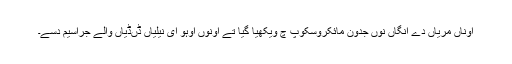
اوناں مریاں دے انگاں نوں جدون مائکروسکوپ چ ویکھیا گیا تے اونوں اوہو ای نیلیاں ڈںڈیاں والے جراسیم دسے۔